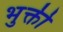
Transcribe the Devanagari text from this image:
भुक्ती